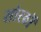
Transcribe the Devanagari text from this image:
सोरठों